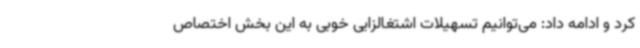
کرد و ادامه داد: می‌توانیم تسهیلات اشتغالزایی خوبی به این بخش اختصاص